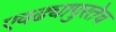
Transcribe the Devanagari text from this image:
एवढ्यापुरतेच